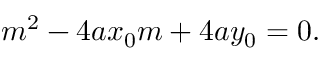
m ^ { 2 } - 4 a x _ { 0 } m + 4 a y _ { 0 } = 0 .